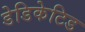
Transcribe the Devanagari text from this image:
डेडिकेटिड